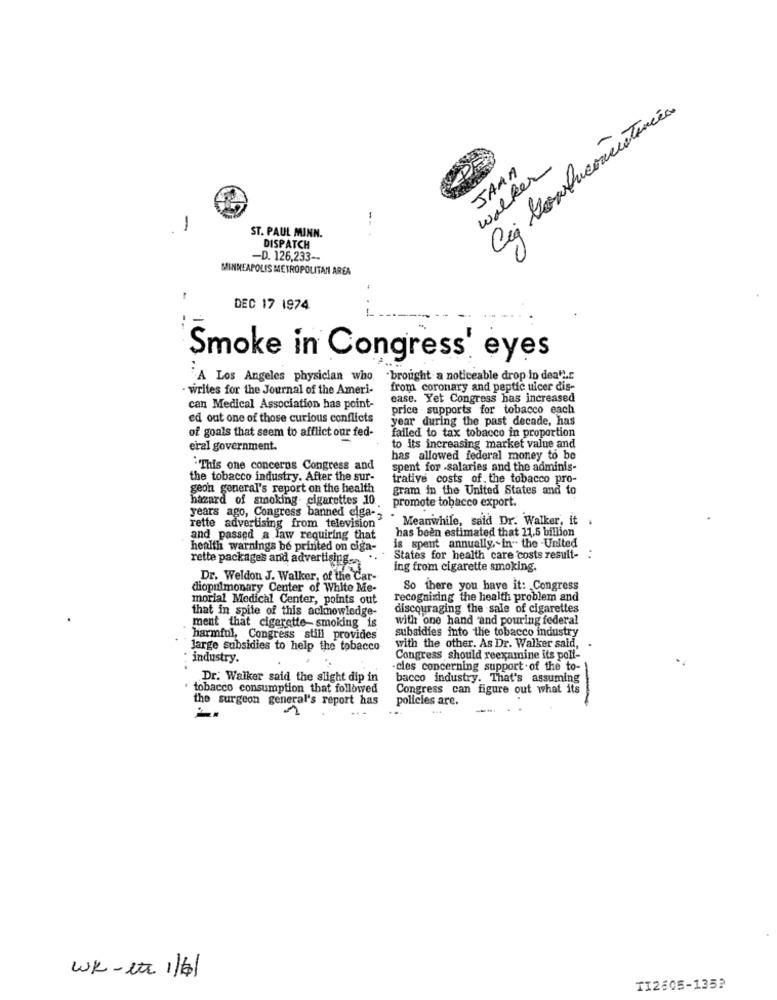
Cig bombuconsistencia
JAAA
walker
.
1
ST. PAUL MINN.
DISPATCH
-D. 126,233-
MINNEAPOLIS METROPOLITAN AREA
DEC 17 1974
Smoke in Congress' eyes
..
"A Los Angeles physician who
"brought a noticeable drop in death .:
writes for the Journal of the Ameri-
from coronary and peptic ulcer dis-
ease. Yet Congress has increased
can Medical Association has point-
price supports for tobacco each
ed out one of those curious conflicts
year during the past decade, has
failed to tax tobacco in proportion
of goals that seem to afflict our fed-
eral government.
to its increasing market value and
has allowed federal money to be
- This one concerns Congress and
spent for -salaries and the adminis-
the tobacco industry. After the sur-
trative costs of the tobacco pro-
geon general's report on the health
gram in the United States and to
years ago, Congress banned eiga-
hazard of smoking. cigarettes 10. promote tobacco export.
Meanwhile, said Dr. Walker, it .
rette advertising from television
has been estimated that 11.5 billion
and passed a law requiring that
health warnings be printed on ciga-
is spent annually, in" the -United
rette packages and advertising-
States for health care costs result-
ing from cigarette smoking.
Dr. Weldon J. Walker, of the Car-
diopulmonary Center of White Me-
So there you have it: Congress
morial Medical Center, points out
recognizing the health problem and
discouraging the sale of cigarettes
that in spite of this acknowledge-
with one hand and pouring federal
ment that cigarette smoking is
subsidies into the tobacco industry
harmful, Congress still provides
large subsidies to help the tobacco
with the other. As Dr. Walker said,
industry.
Congress should reexamine its poli-
cies concerning support of the to-
Dr. Walker said the slight dip in
bacco industry. That's assuming
tobacco consumption that followed
Congress can figure out what its
the surgeon general's report has
policies are.
Wk-ex 1/6/
TI2505-135?